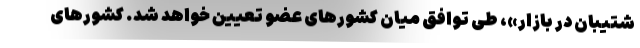
شتیبان در بازار»، طی توافق میان کشورهای عضو تعیین خواهد شد. کشورهای